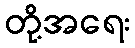
တို့အရေး